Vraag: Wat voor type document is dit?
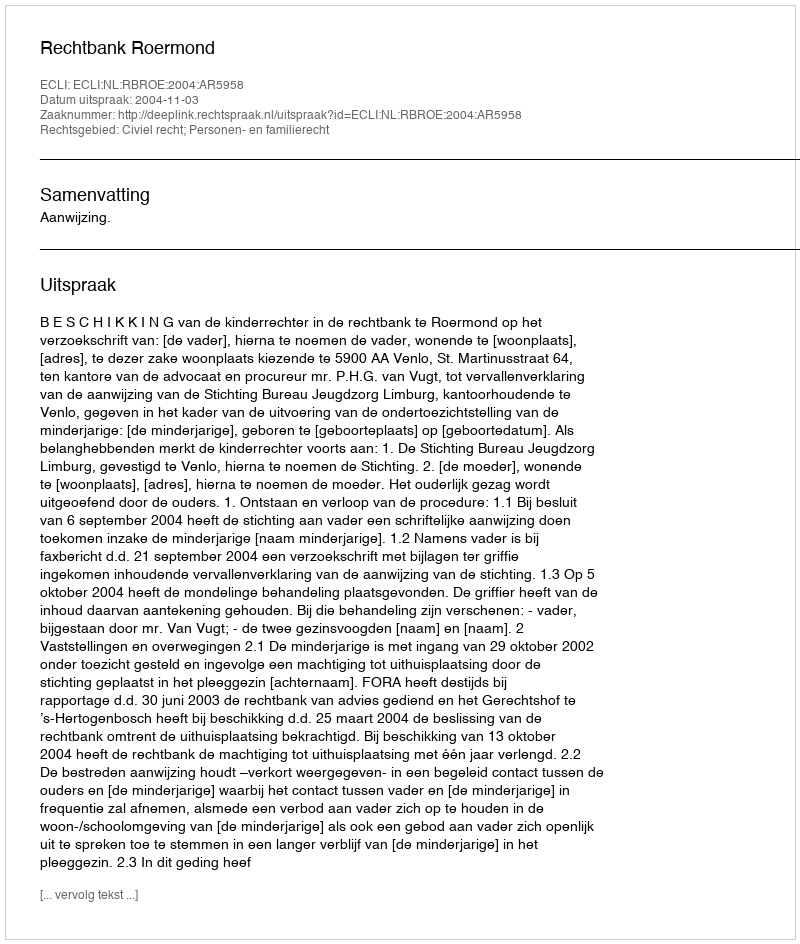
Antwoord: Uitspraak